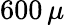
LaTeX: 600\, \mu